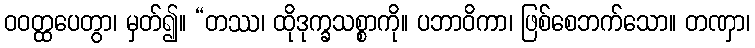
ဝဝတ္ထပေတွာ၊ မှတ်၍။ “တဿ၊ ထိုဒုက္ခသစ္စာကို။ ပဘာဝိကာ၊ ဖြစ်စေဘက်သော။ တဏှာ၊